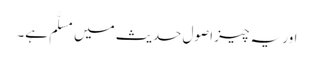
اور یہ چیز اصولِ حدیث میں مسلَّم ہے۔